Vaccination North-Western Provinces and Oudh 1878-1895 - 1878-1895
Year: 1878
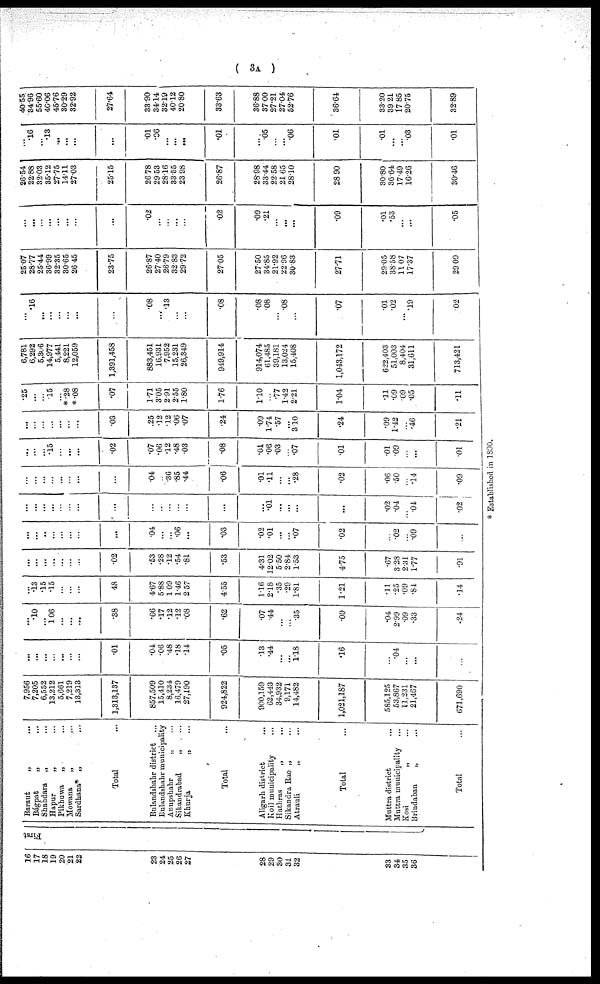
( 3A )
16
17
18
19
20
21
22
23
24
25
26
27
28
29
30
31
32
33
34
35
36
First
Baraut
„
...
Bágpat „ ...
Shahdara
„ ...
Hapur
„ ...
Pikhuwa
„ ...
Mowana
„ ...
Sardhana* „ ...
Total ...
Bulandshahr district ...
Eulandshahr municipality
Anupshahr
„ ...
Sikandrabad
„ ...
Khurja
„ ...
Total ...
Aligarh district ...
Koil municipality
...
Hathras
„ ...
Sikandra Rao „ ...
Atrauli
„ ...
Total ...
Muttra district ...
Muttra municipality ...
Kosi „ ...
Brindaban
„ ...
Total ...
7,956
7,205
6,552
13,212
5,661
7,219
13,313
1,313,137
857,509
15,410
8,234
16,479
27,190
924,822
900,159
62,443
34,932
9,171
14,482
1,021,187
585,125
53,867
11,231
21,467
671,690
...
...
...
...
...
...
...
.01
.04
.06
.48
.18
.14
.05
.13
.44
...
...
1.18
.16
...
.04
...
...
...
...
.10
...
1.06
...
...
...
.38
.66
.17
.12
.12
.08
.62
.07
.44
...
...
.35
.09
.04
2.99
.09
.33
.24
...
.13
.15
.15
...
...
...
.48
4.67
5.88
1.09
1.46
2.57
4.55
1.16
2.18
.35
.29
1.81
1.21
.11
.25
.09
.84
.14
...
...
...
...
...
...
...
.02
.53
.28
.12
.54
.81
.53
4.31
12.02
5.50
2.84
1.53
4.75
.67
3.28
231
1.77
.91
...
...
...
...
...
...
...
...
.04
...
...
.06
...
.03
.02
.01
...
...
.07
.02
...
.02
...
.09
...
...
...
...
...
...
...
...
...
...
...
...
...
...
...
...
.01
...
...
...
...
.02
.04
...
.04
.02
...
...
...
...
...
...
...
...
.04
...
.36
.85
.44
.06
.01
.11
...
...
.28
.02
.06
.50
...
.14
.09
...
...
...
.15
...
...
...
.02
.07
.06
.12
.48
03
.08
.01
.06
.03
...
.07
.01
.01
.09
...
...
.01
...
...
...
...
...
...
...
.03
.25
.12
.12
.06
.07
.24
.09
1.74
.57
...
3.10
.24
.09
1.42
...
.46
.21
.25
...
...
15
...
*.28
*.08
.07
1.71
3.05
2.91
2.55
1.80
1.76
1.10
...
.77
1.42
2.21
1.04
.11
.09
09
.05
.11
6,781
6,292
5,306
14,977
5,441
8,221
12,059
1,391,458
883,451
16,931
7,952
15,231
26,349
949,914
914,074
61,485
39,181
13,024
15,408
1,043,172
622,403
51,003
8,404
31,611
713,421
...
.16
...
...
...
...
...
...
.08
...
.13
...
.08
.08
.08
...
.08
...
.07
.01
.02
...
.19
.02
25.07
28.77
25.44
36.99
32.35
30.65
26.45
23.75
26.87
27.40
26.79
32.83
29.72
27.05
27.50
34.85
21.92
22.96
30.83
27.71
29.05
38.58
11.07
17.37
29.09
...
...
...
...
...
...
...
...
.02
...
...
...
...
.02
.09
.21
...
...
...
.09
.01
.53
...
...
.05
26.54
22.88
32.03
35.12
27.75
14.11
27.03
25.15
26.78
29.53
28.16
33.55
23.98
26.87
28.98
33.44
22.58
21.65
28.10
28.90
30.80
36.64
17.49
16.26
30.46
...
.16
...
.13
...
...
...
...
.01
.06
...
...
...
.01
...
.05
...
...
.06
.01
.01
...
...
.03
.01
40.55
34.96
55.60
40.06
45.76
30.29
32.92
27.64
33.90
34.14
32.19
40.12
20.80
33.63
36.88
37.00
27.21
27.04
52.76
36.64
33.20
39.21
17.85
20.75
32.89
* Established in 1890.